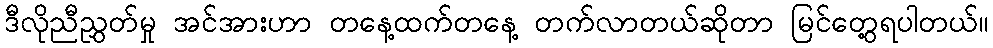
ဒီလိုညီညွှတ်မှု အင်အားဟာ တနေ့ထက်တနေ့ တက်လာတယ်ဆိုတာ မြင်တွေ့ရပါတယ်။